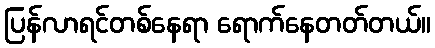
ပြန်လာရင်တစ်နေရာ ရောက်နေတတ်တယ်။